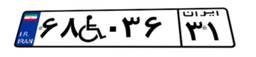
۶۸W۰۳۶۳۱